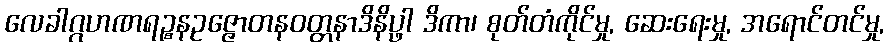
လေခါဂ္ဂဟဏရဉ္စနဥဇ္ဇောတနဝတ္တနာဒိနိပ္ဖာ ဒိကာ၊ စုတ်တံကိုင်မှု, ဆေးရေးမှု, အရောင်တင်မှု,